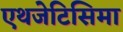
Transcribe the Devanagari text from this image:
एथजेटिसिमा